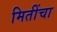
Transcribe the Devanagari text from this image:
मितींचा